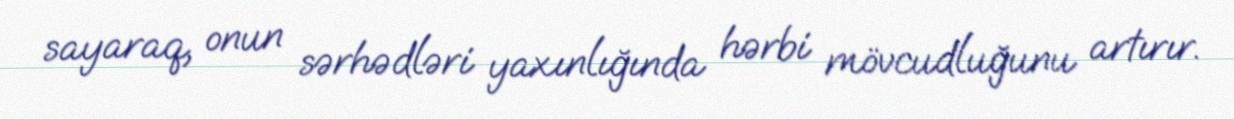
sayaraq, onun sərhədləri yaxınlığında hərbi mövcudluğunu artırır.